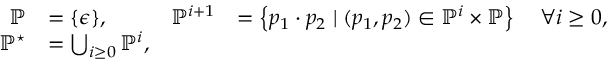
\begin{array} { r l r l } { \mathbb { P } } & { = \{ \epsilon \} , } & { \mathbb { P } ^ { i + 1 } } & { = \left\{ p _ { 1 } \boldsymbol { \cdot } p _ { 2 } \; | \; ( p _ { 1 } , p _ { 2 } ) \in \mathbb { P } ^ { i } \times \mathbb { P } \right\} \quad \forall i \geq 0 , } \\ { \mathbb { P } ^ { \star } } & { = \bigcup _ { i \geq 0 } \mathbb { P } ^ { i } , } \end{array}